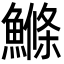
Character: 鰷